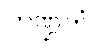
ကဏ္ဍကံ